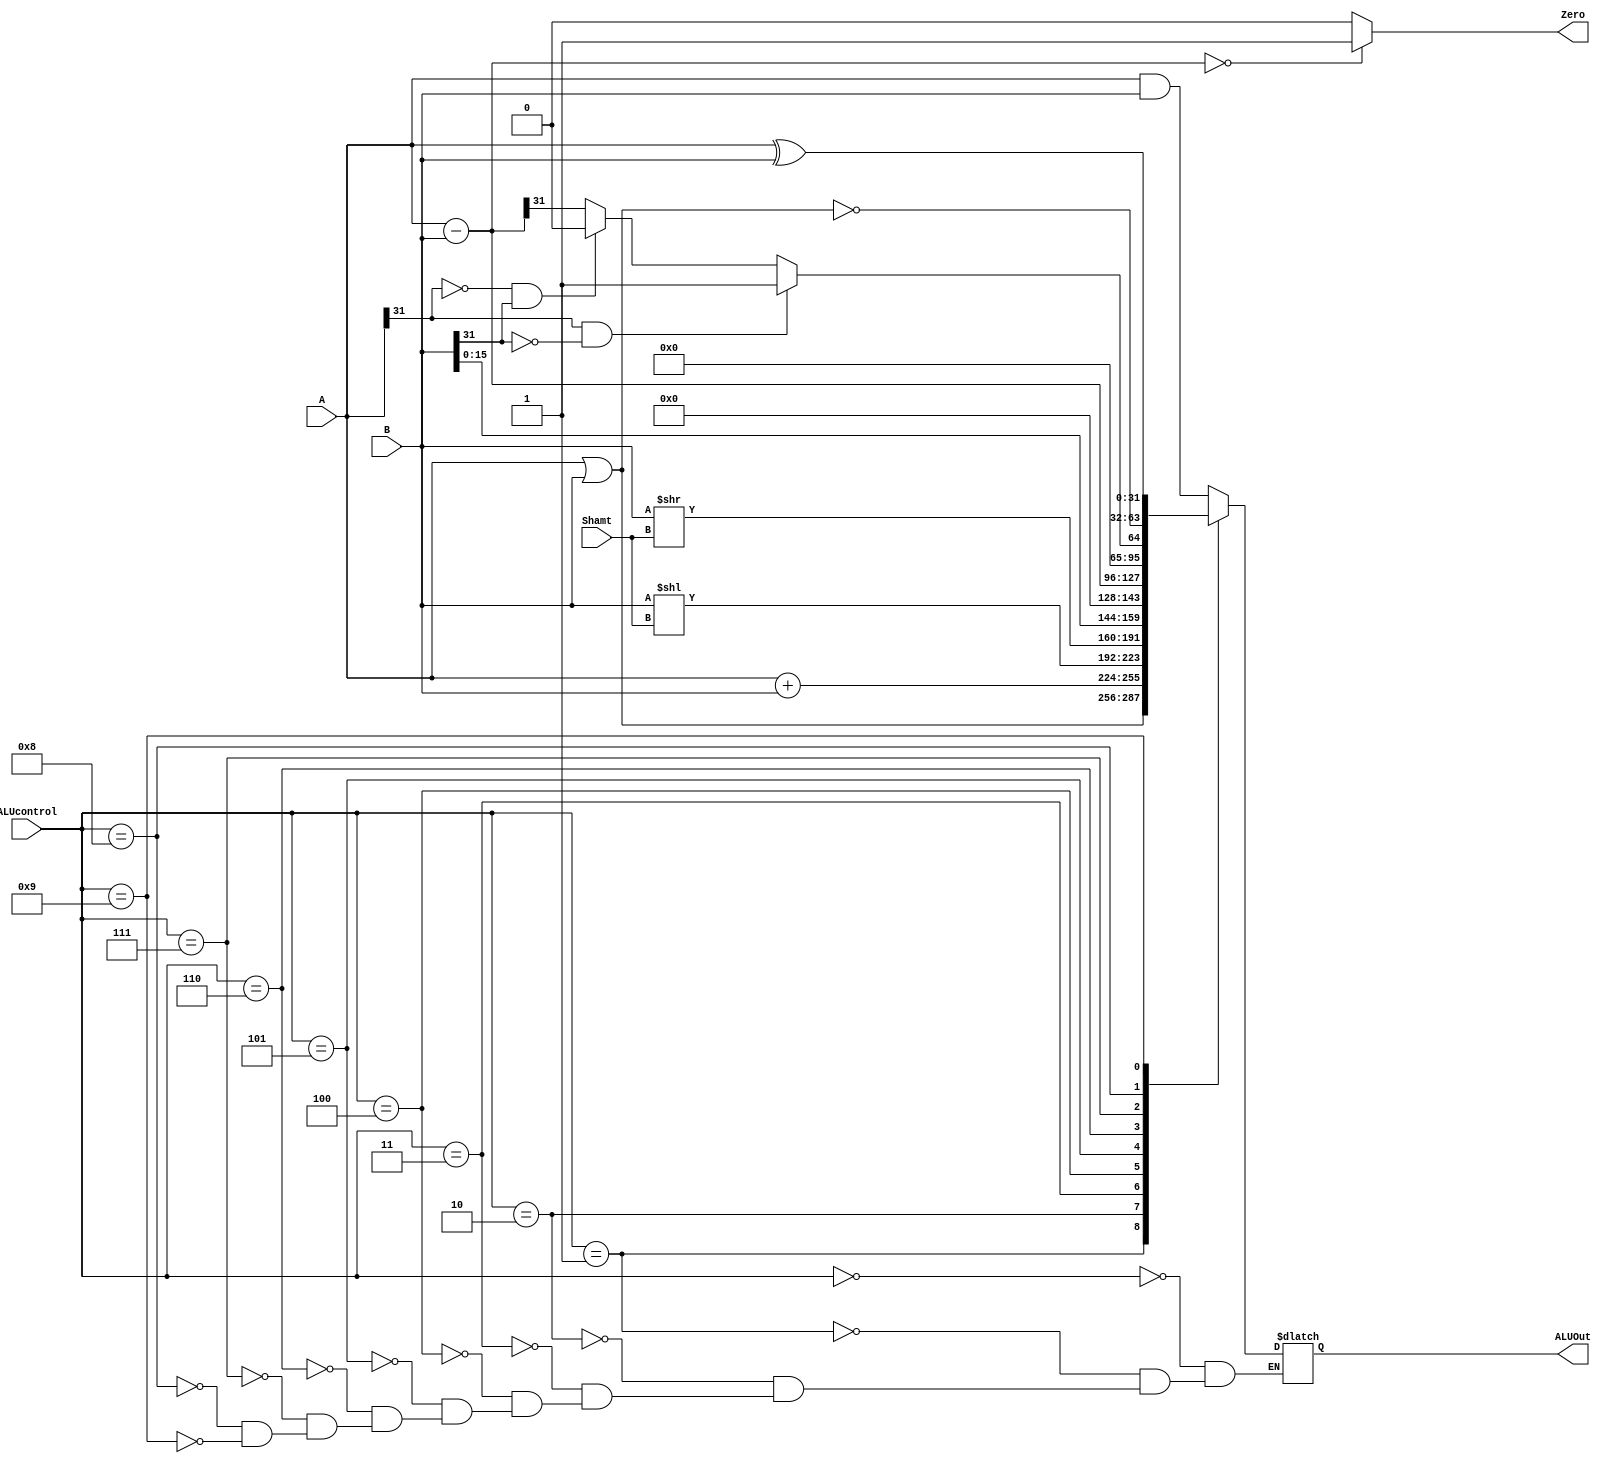
module ALU(
    input [31:0]A,
    input [31:0]B,
    input [4:0]Shamt,
    input [3:0]ALUcontrol,
    output reg Zero,
    output reg [31:0]ALUOut
);
    parameter AND = 4'd0;
    parameter OR = 4'd1;
    parameter ADD = 4'd2;
    parameter SLL = 4'd3;
    parameter SRL = 4'd4;
    parameter LUI = 4'd5;
    parameter SUB = 4'd6;
    parameter SLT = 4'd7;
    parameter NOR = 4'd8;
    parameter XOR = 4'd9;
	 
	 wire [31:0]S;
	 assign S = A - B;
    always @(A or B or ALUcontrol) begin
      case (ALUcontrol)
        AND: ALUOut = A & B;
        OR: ALUOut = A | B;
        ADD: ALUOut = A + B;
        SLL: ALUOut = B << Shamt;
        SRL: ALUOut = B >> Shamt;
        LUI: ALUOut = {B, 16'd0};
        SUB: ALUOut = A - B;
        SLT: ALUOut = (A[31] == 1 && B[31] == 0) ?
                        1 : ((A[31] == 0 && B[31] == 1) ? 
                        0 : S[31]);
        NOR: ALUOut = ~(A | B);
        XOR: ALUOut = A ^ B; 
      endcase
      Zero = ((A - B) == 0 ? 1 : 0);
    end
endmodule //